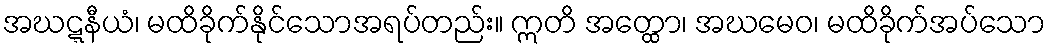
အဃဋ္ဋနီယံ၊ မထိခိုက်နိုင်သောအရပ်တည်း။ ဣတိ အတ္ထော၊ အဃမေဝ၊ မထိခိုက်အပ်သော